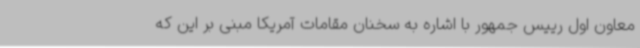
معاون اول رییس جمهور با اشاره به سخنان مقامات آمریکا مبنی بر این که